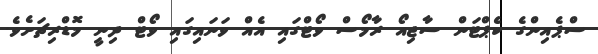
ސްޕެއިންގެ ކެޕްޓަން ސާޖިއޯ ރާމޯސް ވޯޓްގައި އެއް ވަނައިގައި ވޯޓް ދިނީ މޮޑްރިޗަށެވެ.